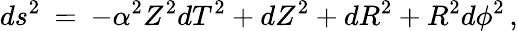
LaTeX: ds^{2}\: =\: -\alpha^{2}Z^{2}dT^{2}+dZ^{2}+dR^{2}+R^{2}d\phi^{2}\, ,